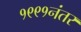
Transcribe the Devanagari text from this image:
१९९१नंतर